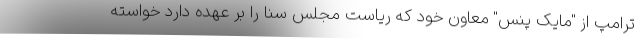
ترامپ از "مایک پنس" معاون خود که ریاست مجلس سنا را بر عهده دارد خواسته